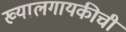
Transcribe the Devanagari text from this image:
ख्यालगायकीची